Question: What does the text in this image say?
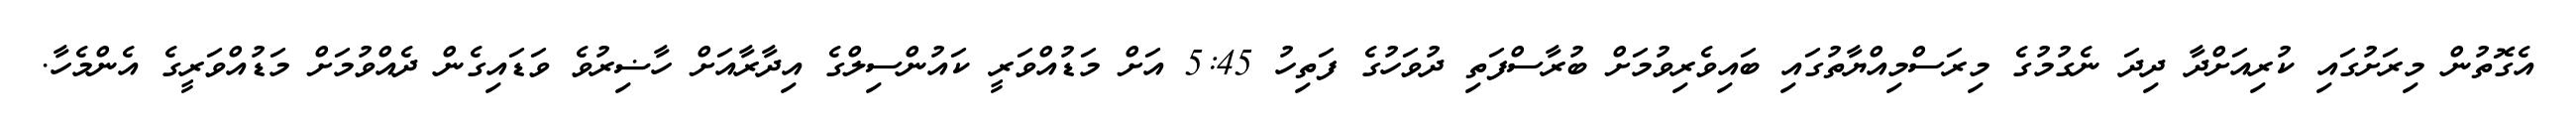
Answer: އެގޮތުން މިރަށުގައި ކުރިއަށްދާ ދިދަ ނެގުމުގެ މިރަސްމިއްޔާތުގައި ބައިވެރިވުމަށް ބުރާސްފަތި ދުވަހުގެ ފަތިހު 5:45 އަށް މަޑުއްވަރީ ކައުންސިލްގެ އިދާރާއަށް ހާޟިރުވެ ވަޑައިގެން ދެއްވުމަށް މަޑުއްވަރީގެ އެންމެހާ.